Lunatic asylums Madras 1877-1891 - 1877-1891
Year: 1877
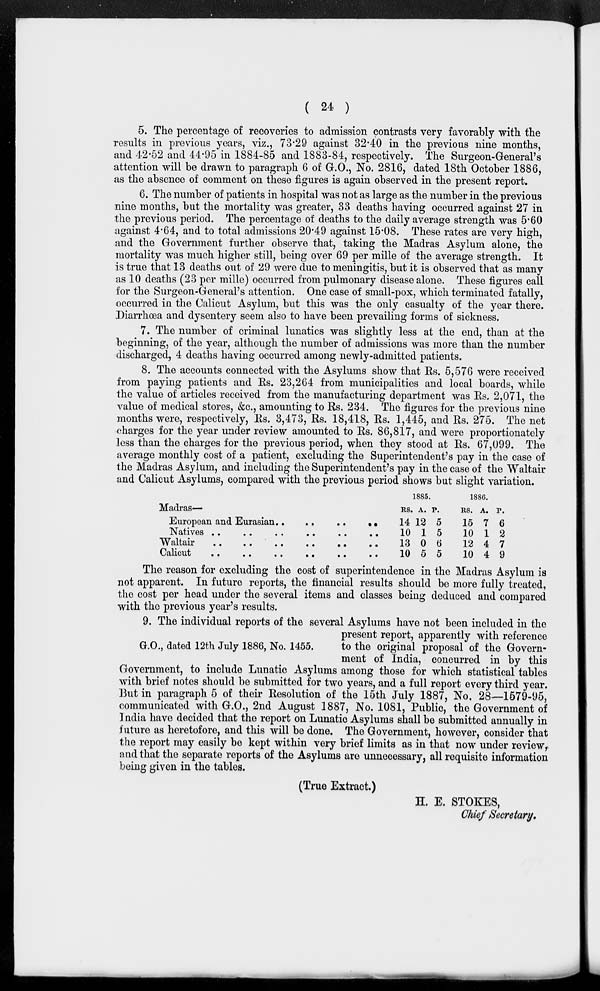
( 24 )
5. The percentage of recoveries to admission contrasts very favorably with the
results in previous years, viz., 73.29 against 32.40 in the previous nine months,
and 42.52 and 44.95 in 1884-85 and 1883-84, respectively. The Surgeon-General's
attention will be drawn to paragraph 6 of G.O., No. 2816, dated 18th October 1886,
as the absence of comment on these figures is again observed in the present report.
6. The number of patients in hospital was not as large as the number in the previous
nine months, but the mortality was greater, 33 deaths having occurred against 27 in
the previous period. The percentage of deaths to the daily average strength was 5.60
against 4.64, and to total admissions 20.49 against 15.08. These rates are very high,
and the Government further observe that, taking the Madras Asylum alone, the
mortality was much higher still, being over 69 per mille of the average strength. It
is true that 13 deaths out of 29 were due to meningitis, but it is observed that as many
as 10 deaths (23 per mille) occurred from pulmonary disease alone. These figures call
for the Surgeon-General's attention. One case of small-pox, which terminated fatally,
occurred in the Calicut Asylum, but this was the only casualty of the year there.
Diarrhœa and dysentery seem also to have been prevailing forms of sickness.
7. The number of criminal lunatics was slightly less at the end, than at the
beginning, of the year, although the number of admissions was more than the number
discharged, 4 deaths having occurred among newly-admitted patients.
8. The accounts connected with the Asylums show that Rs. 5,576 were received
from paying patients and Rs. 23,264 from municipalities and local boards, while
the value of articles received from the manufacturing department was Rs. 2,071, the
value of medical stores, &c., amounting to Rs. 234. The figures for the previous nine
months were, respectively, Rs. 3,473, Rs. 18,418, Rs. 1,445, and Rs. 275. The net
charges for the year under review amounted to Rs. 86,817, and were proportionately
less than the charges for the previous period, when they stood at Rs. 67,099. The
average monthly cost of a patient, excluding the Superintendent's pay in the case of
the Madras Asylum, and including the Superintendent's pay in the case of the Waltair
and Calicut Asylums, compared with the previous period shows but slight variation.
Madras—
Europeans and Eurasians .. .. .. ..
Natives .. .. .. .. .. ..
Waltair
..
..
..
..
..
..
Calicut
..
..
..
..
..
..
1885.
RS.
14
10
13
10
A.
12
1
0
5
P.
5
5
6
5
1886.
RS.
15
10
12
10
A.
7
1
4
4
P.
6
2
7
9
The reason for excluding the cost of superintendence in the Madras Asylum is
not apparent. In future reports, the financial results should be more fully treated,
the cost per head under the several items and classes being deduced and compared
with the previous year's results.
G.O., dated 12th July 1886, No. 1455.
9. The individual reports of the several Asylums have not been included in the
present report, apparently with reference
to the original proposal of the Govern-
ment of India, concurred in by this
Government, to include Lunatic Asylums among those for which statistical tables
with brief notes should be submitted for two years, and a full report every third year.
But in paragraph 5 of their Resolution of the 15th July 1887, No. 28—1579-95,
communicated with G.O., 2nd August 1887, No. 1081, Public, the Government of
India have decided that the report on Lunatic Asylums shall be submitted annually in
future as heretofore, and this will be done. The Government, however, consider that
the report may easily be kept within very brief limits as in that now under review,
and that the separate reports of the Asylums are unnecessary, all requisite information
being given in the tables.
(True Extract.)
H. E. STOKES,
Chief Secretary.